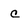
Character: c